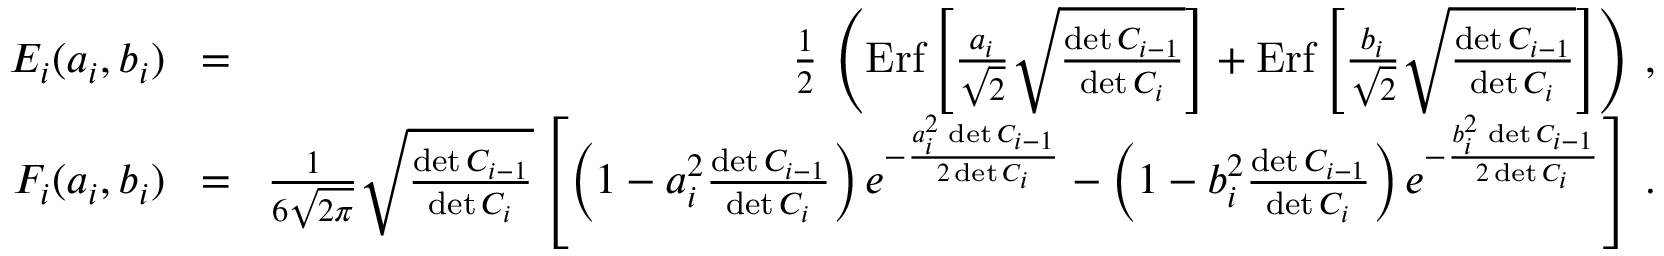
\begin{array} { r l r } { E _ { i } ( a _ { i } , b _ { i } ) } & { \! = \! } & { { \frac { 1 } { 2 } } \, \left( \mathrm { E r f } \left[ { \frac { a _ { i } } { \sqrt 2 } } \sqrt { \frac { \operatorname* { d e t } C _ { i - 1 } } { \operatorname* { d e t } C _ { i } } } \right] + \mathrm { E r f } \left[ { \frac { b _ { i } } { \sqrt 2 } } \sqrt { \frac { \operatorname* { d e t } C _ { i - 1 } } { \operatorname* { d e t } C _ { i } } } \right] \right) \, , } \\ { F _ { i } ( a _ { i } , b _ { i } ) } & { \! = \! } & { { \frac { 1 } { 6 \sqrt { 2 \pi } } } \sqrt { \frac { \operatorname* { d e t } C _ { i - 1 } } { \operatorname* { d e t } C _ { i } } } \left[ \left( 1 - a _ { i } ^ { 2 } { \frac { \operatorname* { d e t } C _ { i - 1 } } { \operatorname* { d e t } C _ { i } } } \right) e ^ { - { \frac { a _ { i } ^ { 2 } \, \operatorname* { d e t } C _ { i - 1 } } { 2 \operatorname* { d e t } C _ { i } } } } - \left( 1 - b _ { i } ^ { 2 } { \frac { \operatorname* { d e t } C _ { i - 1 } } { \operatorname* { d e t } C _ { i } } } \right) e ^ { - { \frac { b _ { i } ^ { 2 } \, \operatorname* { d e t } C _ { i - 1 } } { 2 \operatorname* { d e t } C _ { i } } } } \right] \, . } \end{array}